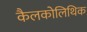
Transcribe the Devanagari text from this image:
कैलकोलिथिक